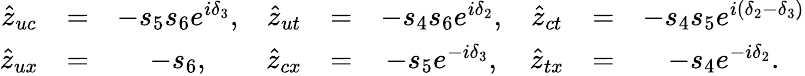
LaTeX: \begin{array}{ccccccccc}{{\hat{z}_{uc}}}&{{=}}&{{-s_{5}s_{6}e^{i\delta_{3}},}}&{{\hat{z}_{ut}}}&{{=}}&{{-s_{4}s_{6}e^{i\delta_{2}},}}&{{\hat{z}_{ct}}}&{{=}}&{{-s_{4}s_{5}e^{i(\delta_{2}-\delta_{3})}}}\\ {{\hat{z}_{ux}}}&{{=}}&{{-s_{6},}}&{{\hat{z}_{cx}}}&{{=}}&{{-s_{5}e^{-i\delta_{3}},}}&{{\hat{z}_{tx}}}&{{=}}&{{-s_{4}e^{-i\delta_{2}}.}}\end{array}